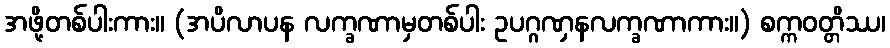
အဖို့တစ်ပါးကား။ (အပိလာပန လက္ခဏာမှတစ်ပါး ဥပဂ္ဂဏှနလက္ခဏာကား။) စက္ကဝတ္တိဿ၊